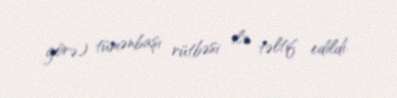
görə) tümənbaşı rütbəsi ilə təltif edildi.